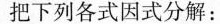
把下列各式因式分解: